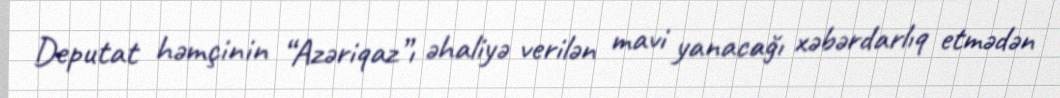
Deputat həmçinin “Azəriqaz”ı əhaliyə verilən mavi yanacağı xəbərdarlıq etmədən